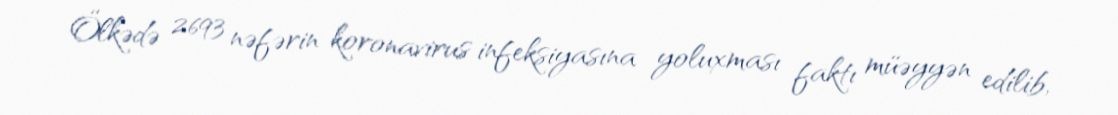
Ölkədə 2693 nəfərin koronavirus infeksiyasına yoluxması faktı müəyyən edilib,